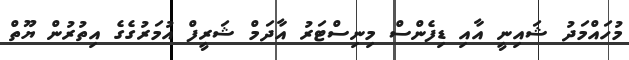
މުހައްމަދު ޝައިނީ އާއި ޑިފެންސް މިނިސްޓަރު އާދަމް ޝަރީފް އުމަރުގެގެ އިތުރުން ޔޫތް